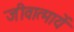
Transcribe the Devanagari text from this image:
जीवात्मायें